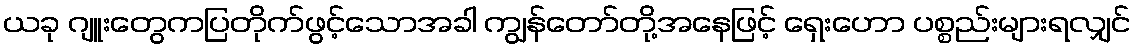
ယခု ဂျူးတွေကပြတိုက်ဖွင့်သောအခါ ကျွန်တော်တို့အနေဖြင့် ရှေးဟော ပစ္စည်းများရလျှင်